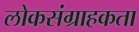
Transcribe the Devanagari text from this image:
लोकसंग्राहकता